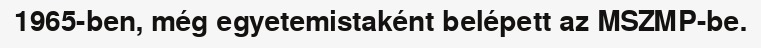
1965-ben, még egyetemistaként belépett az MSZMP-be.